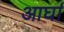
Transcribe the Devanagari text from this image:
आर्घा